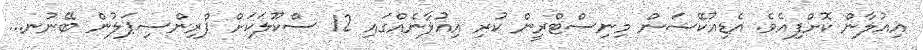
އިއުލާން ކޮށްފިއެވެ. އެޑިއުކޭޝަން މިނިސްޓްރީން ކުރި އިއުލާނެއްގައި 12 ސްކޫލަކަށް ޕްރިންސިޕަލުން ބޭނުނ...